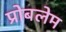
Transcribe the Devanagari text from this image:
प्रोबलेम